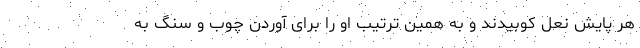
هر پایش نعل کوبیدند و به همین ترتیب او را برای آوردن چوب و سنگ به